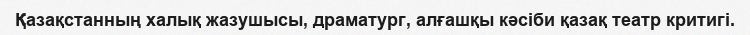
Қазақстанның халық жазушысы, драматург, алғашқы кәсіби қазақ театр критигі.